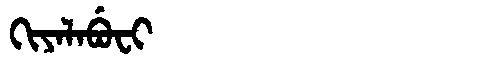
Manchu: ᡴᡳᠶᠠᠯᠠᠪᡠᠸᡳ
Romanization: KIYALABUFI